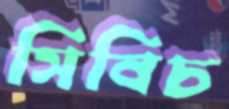
সিবিচ